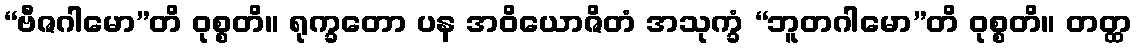
“ဗီဇဂါမော”တိ ဝုစ္စတိ။ ရုက္ခတော ပန အဝိယောဇိတံ အသုက္ခံ “ဘူတဂါမော”တိ ဝုစ္စတိ။ တတ္ထ